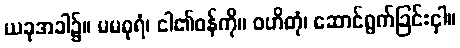
ယခုအခါ၌။ မမဓုရံ၊ ငါ၏ဝန်ကို။ ဝဟိတုံ၊ ဆောင်ရွက်ခြင်းငှါ။